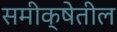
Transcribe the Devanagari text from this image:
समीक्षेतील